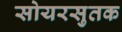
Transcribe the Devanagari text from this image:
सोयरसुतक